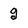
Character: g